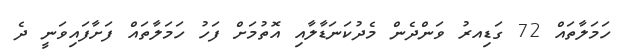
ހަމަލާތައް 72 ގަޑިއރު ވަންދެން މެދުކަނަޑާލާއި އޮތުމަށް ފަހު ހަމަލާތައް ފަށާފައިވަނީ ދެ